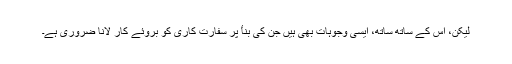
لیکن، اس کے ساتھ ساتھ، ایسی وجوہات بھی ہیں جن کی بناٴ پر سفارت کاری کو بروئے کار لانا ضروری ہے۔